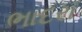
ભાદરા